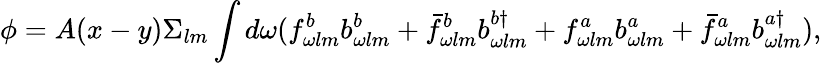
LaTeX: \phi=A(x-y)\Sigma_{lm}\int d\omega(f_{\omega lm}^{b}b_{\omega lm}^{b}+\bar{f}_{\omega lm}^{b}b_{\omega lm}^{b\dagger}+f_{\omega lm}^{a}b_{\omega lm}^{a}+\bar{f}_{\omega lm}^{a}b_{\omega lm}^{a\dagger}),